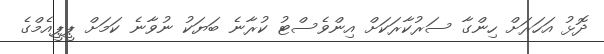
ދޮޅު އަހަރަށް ހިންގާ ސަރުކާރަކަށް އިންވެސްޓު ކުރާނެ ބަޔަކު ނުވާނެ ކަމަށް ޕީޕީއެމްގެ